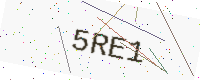
Text: 5RE1